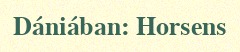
Dániában: Horsens